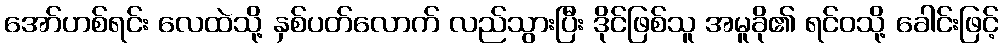
အော်ဟစ်ရင်း လေထဲသို့ နှစ်ပတ်လောက် လည်သွားပြီး ဒိုင်ဖြစ်သူ အမူခို၏ ရင်ဝသို့ ခေါင်းဖြင့်